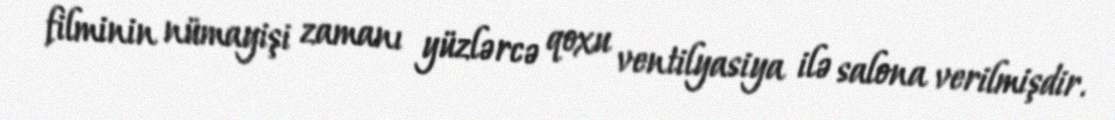
filminin nümayişi zamanı yüzlərcə qoxu ventilyasiya ilə salona verilmişdir.